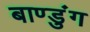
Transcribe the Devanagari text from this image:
बाण्डुंग